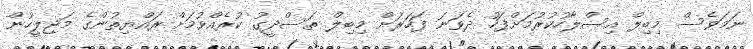
ނަމަވެސް މިބިލް އިސްލާހުކުރުމަށްފަހު ދެވަނަ ފަހަރަށް މިބިލް ތަސްދީގު ކުރެއްވުމަށް ރައްޔިތުންގެ މަޖިލީހުން